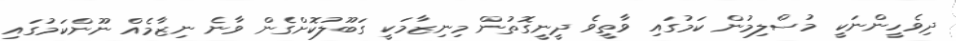
ދިވެހީންނަކީ މުސްލިމުން ކަމުގައި ވާތީވެ ދީނީގޮތުން މިނިޒާމަކީ ގަބޫލުކޮށްގެން ވާނެ ނިޒާމެއް ނޫންކަމުގައި